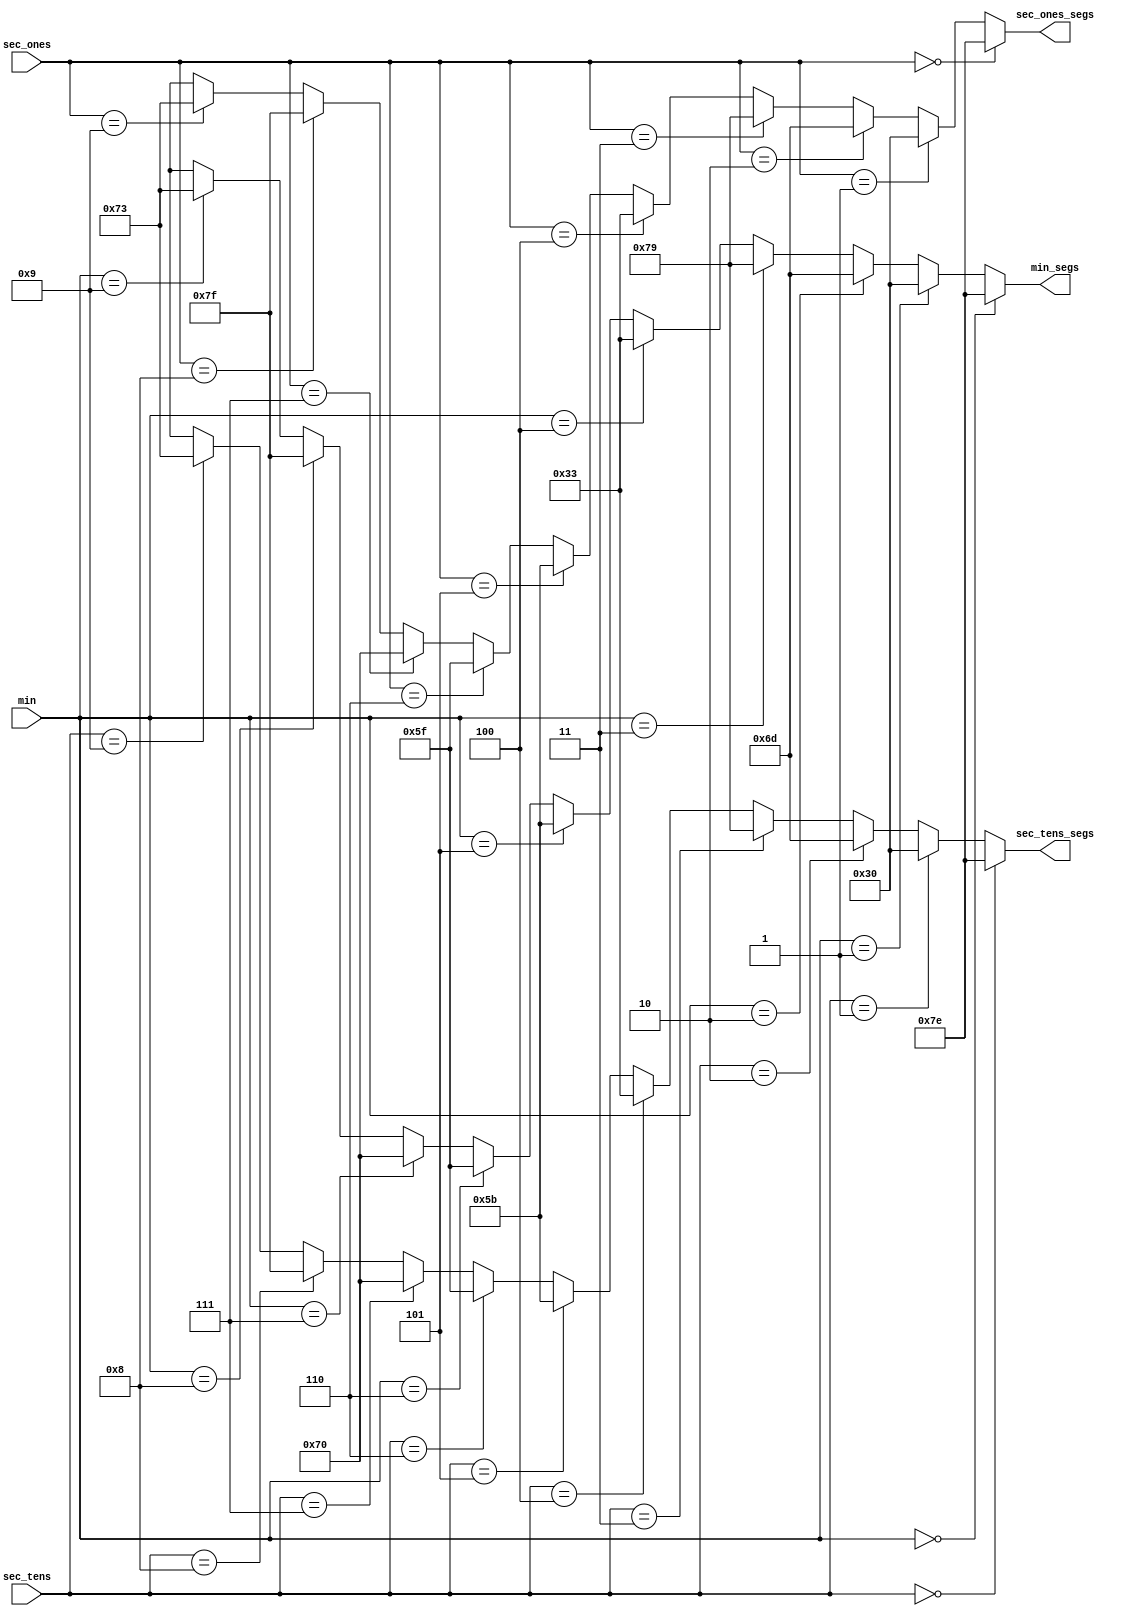
module  decoder (sec_ones_segs, sec_tens_segs, min_segs, sec_ones, sec_tens, min);
    
    // inputs:
    input wire [3:0] sec_ones;
    input wire [3:0] sec_tens;
    input wire [3:0] min;

    // outputs:
    output wire [6:0] sec_ones_segs;
    output wire [6:0] sec_tens_segs;
    output wire [6:0] min_segs;

    // "House" of the units of the second:
    assign sec_ones_segs =(sec_ones == 4'b0000)? 7'b1111110: // 0 
                          (sec_ones == 4'b0001)? 7'b0110000: // 1
                          (sec_ones == 4'b0010)? 7'b1101101: // 2 
                          (sec_ones == 4'b0011)? 7'b1111001: // 3
                          (sec_ones == 4'b0100)? 7'b0110011: // 4
                          (sec_ones == 4'b0101)? 7'b1011011: // 5
                          (sec_ones == 4'b0110)? 7'b1011111: // 6
                          (sec_ones == 4'b0111)? 7'b1110000: // 7
                          (sec_ones == 4'b1000)? 7'b1111111: // 8
                          (sec_ones == 4'b1001)? 7'b1110011: // 9
                          8'bXXXX_XXXX ;

    // "House" of tens of the second:
    assign sec_tens_segs =(sec_tens == 4'b0000)? 7'b1111110: // 0 
                          (sec_tens == 4'b0001)? 7'b0110000: // 1
                          (sec_tens == 4'b0010)? 7'b1101101: // 2 
                          (sec_tens == 4'b0011)? 7'b1111001: // 3
                          (sec_tens == 4'b0100)? 7'b0110011: // 4
                          (sec_tens == 4'b0101)? 7'b1011011: // 5
                          (sec_tens == 4'b0110)? 7'b1011111: // 6
                          (sec_tens == 4'b0111)? 7'b1110000: // 7
                          (sec_tens == 4'b1000)? 7'b1111111: // 8
                          (sec_tens == 4'b1001)? 7'b1110011: // 9
                          8'bXXXX_XXXX ;

    // Minute digits:
    assign min_segs =     (min == 4'b0000)? 7'b1111110: // 0 
                          (min == 4'b0001)? 7'b0110000: // 1
                          (min == 4'b0010)? 7'b1101101: // 2 
                          (min == 4'b0011)? 7'b1111001: // 3
                          (min == 4'b0100)? 7'b0110011: // 4
                          (min == 4'b0101)? 7'b1011011: // 5
                          (min == 4'b0110)? 7'b1011111: // 6
                          (min == 4'b0111)? 7'b1110000: // 7
                          (min == 4'b1000)? 7'b1111111: // 8
                          (min == 4'b1001)? 7'b1110011: // 9
                          8'bXXXX_XXXX ; 
    
endmodule